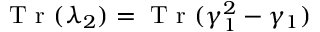
\mathrm { ~ T ~ r ~ } ( \lambda _ { 2 } ) = \mathrm { ~ T ~ r ~ } ( \gamma _ { 1 } ^ { 2 } - \gamma _ { 1 } )